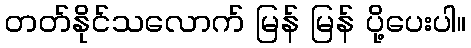
တတ်နိုင်သလောက် မြန် မြန် ပို့ပေးပါ။